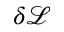
\delta \mathcal { L }